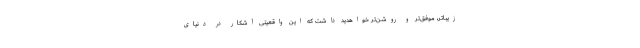
زیباتر، موفق‌تر و روشن‌تر خواهدید داشت که این واقعیتی آشکار در دنیای